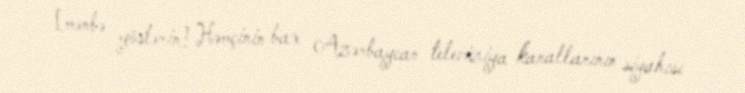
[mənbə göstərin] Həmçinin bax Azərbaycan televiziya kanallarının siyahısı